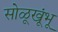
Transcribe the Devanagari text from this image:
सोळूखूंभू